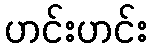
ဟင်းဟင်း